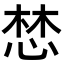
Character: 𢛓